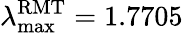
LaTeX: \lambda_{\operatorname*{max}}^{\mathrm{RMT}}=1.7705